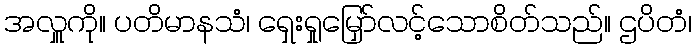
အလှူကို။ ပတိမာနသံ၊ ရှေးရှုမြှော်လင့်သောစိတ်သည်။ ဌပိတံ၊